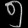
Digit: ၅